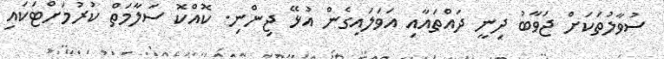
ސުވާލުތަކަށް ޖަވާބު ދިނީ ދައްތައާއި އަވަލައިގެން އުޅޭ ޖިންނި. ކޮއްކޮ ސަލާމަތް ކުރުމަށްޓަކައި